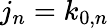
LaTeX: j_{n}=k_{0,n}